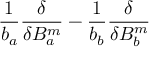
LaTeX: { \frac { 1 } { b _ { a } } } { \frac { \delta } { \delta B _ { a } ^ { m } } } - { \frac { 1 } { b _ { b } } } { \frac { \delta } { \delta B _ { b } ^ { m } } }